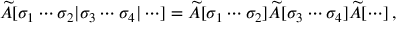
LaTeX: \widetilde { \cal A } [ \sigma _ { 1 } \cdots \sigma _ { 2 } | \sigma _ { 3 } \cdots \sigma _ { 4 } | \cdots ] = \widetilde { \cal A } [ \sigma _ { 1 } \cdots \sigma _ { 2 } ] \widetilde { \cal A } [ \sigma _ { 3 } \cdots \sigma _ { 4 } ] \widetilde { \cal A } [ \cdots ] \, ,